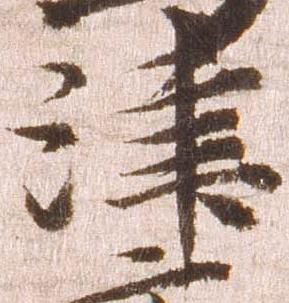
津